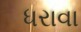
ધરાવા